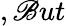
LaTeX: ,\mathscr{B}ut